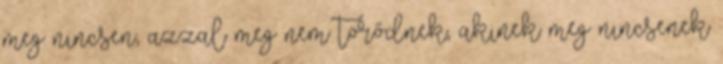
meg nincsen, azzal meg nem törődnek, akinek meg nincsenek